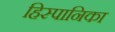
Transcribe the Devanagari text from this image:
हिस्पानिका